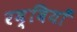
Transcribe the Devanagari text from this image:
रब्बियाँ